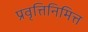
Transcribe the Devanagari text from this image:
प्रवृत्तिनिमित्त